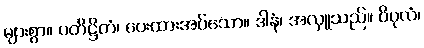
များစွာ။ ပတိဋ္ဌိတံ၊ ပေးထားအပ်သော။ ဒါနံ၊ အလှူသည်။ ဝိပုလံ၊